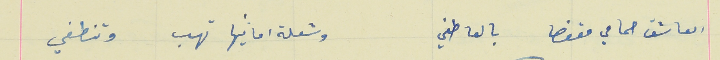
العاشق حمامي مفوضا بالعاطفي                             وشعلة امانيها تهب وتنطفي